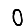
Digit: 0